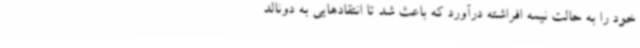
خود را به حالت نیمه افراشته درآورد که باعث شد تا انتقادهایی به دونالد